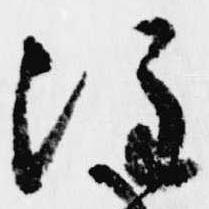
注